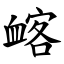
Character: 䘔